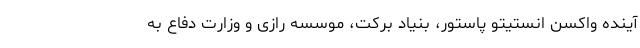
آینده واکسن انستیتو پاستور، بنیاد برکت، موسسه رازی و وزارت دفاع به